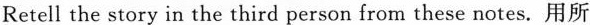
Retell the story in the third person from these notes. 用所